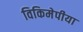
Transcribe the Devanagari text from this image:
विकिमेपीया